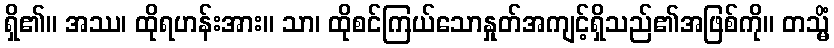
ရှိ၏။ အဿ၊ ထိုရဟန်းအား။ သာ၊ ထိုစင်ကြယ်သောနှုတ်အကျင့်ရှိသည်၏အဖြစ်ကို။ တသ္မိံ